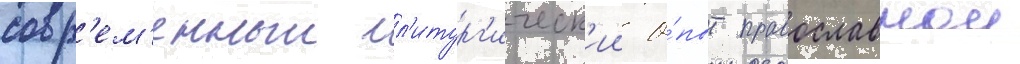
совр'ем'енныи л'итург'ическ'ии о́пыт православнои